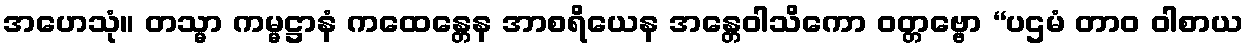
အဟေသုံ။ တသ္မာ ကမ္မဋ္ဌာနံ ကထေန္တေန အာစရိယေန အန္တေဝါသိကော ဝတ္တဗ္ဗော “ပဌမံ တာဝ ဝါစာယ